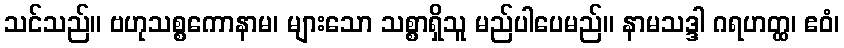
သင်သည်။ ဗဟုသစ္စကောနာမ၊ များသော သစ္စာရှိသူ မည်ပါပေမည်။ နာမသဒ္ဒါ ဂရဟတ္ထ၊ ဧဝံ၊